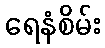
ရေနံစိမ်း